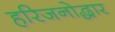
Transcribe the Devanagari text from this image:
हरिजनोद्धार